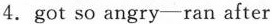
4.got so angry—ran after